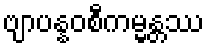
ဗျာပန္နဝစီကမ္မန္တဿ